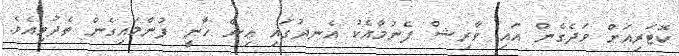
ކޮޓަރިއަށް ވަދެގެން އައި ވާރިޝް ފެނުމާއެކު އެނދުގައި އިން ހާނީ ފުންމައިގެން ތެދުވިއެވެ.